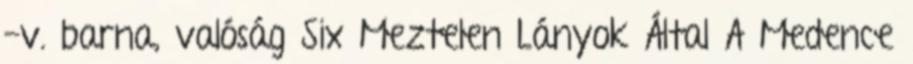
-v. barna, valóság Six Meztelen Lányok Által A Medence